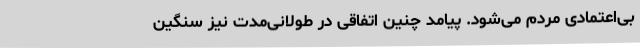
بی‌اعتمادی مردم می‌شود. پیامد چنین اتفاقی در طولانی‌مدت نیز سنگین